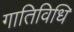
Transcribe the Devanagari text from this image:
गातिविधि